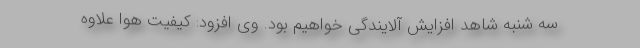
سه شنبه شاهد افزایش آلایندگی خواهیم بود. وی افزود: کیفیت هوا علاوه